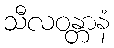
သီလဝန္တာနံ